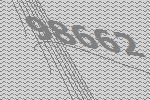
98662